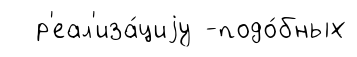
р'еал'иза́циjу -подо́бных